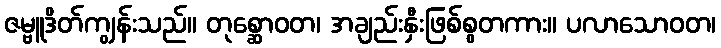
ဇမ္ဗူဒိတ်ကျွန်းသည်။ တုစ္ဆောဝတ၊ အချည်းနှီးဖြစ်စွတကား။ ပလာသောဝတ၊